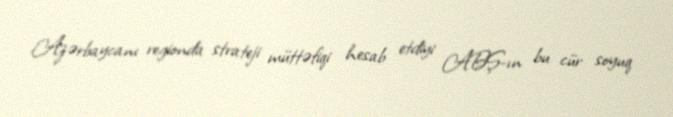
Azərbaycanı regionda strateji müttəfiqi hesab etdiyi ABŞ-ın bu cür soyuq